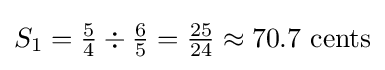
S_{1}={\tfrac {5}{4}}\div {\tfrac {6}{5}}={\tfrac {25}{24}}\approx 70.7\ {\hbox{cents}}